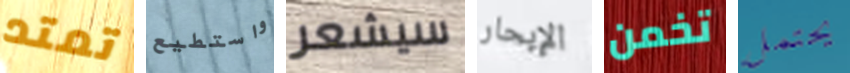
تمتد واستطيع سيشعر الإبحار تخمن يحتمل